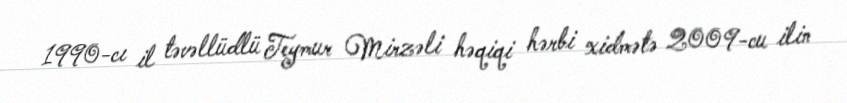
1990-cı il təvəllüdlü Teymur Mirzəli həqiqi hərbi xidmətə 2009-cu ilin